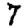
Digit: 7